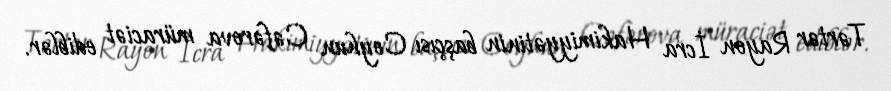
Tərtər Rayon İcra Hakimiyyətinin başçısı Ceyhun Cəfərova müraciət ediblər.